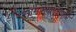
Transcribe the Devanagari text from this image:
सामान्यलक्षणोंमें